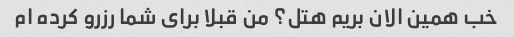
خب همین الان بریم هتل؟ من قبلا برای شما رزرو کرده ام